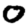
Digit: 0